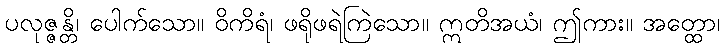
ပလုဇ္ဇန္တိ၊ ပေါက်သော။ ဝိကိရံ၊ ဖရိုဖရဲကြဲသော။ ဣတိအယံ၊ ဤကား။ အတ္ထော၊